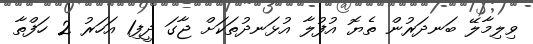
ވިލިމާލޭ ބަނދަރުން ތެޔޮ އުފުލާ އުޅަނދުތަކަށް ޖާގަ ދީފި1 އަހަރު 2 ހަފްތާ